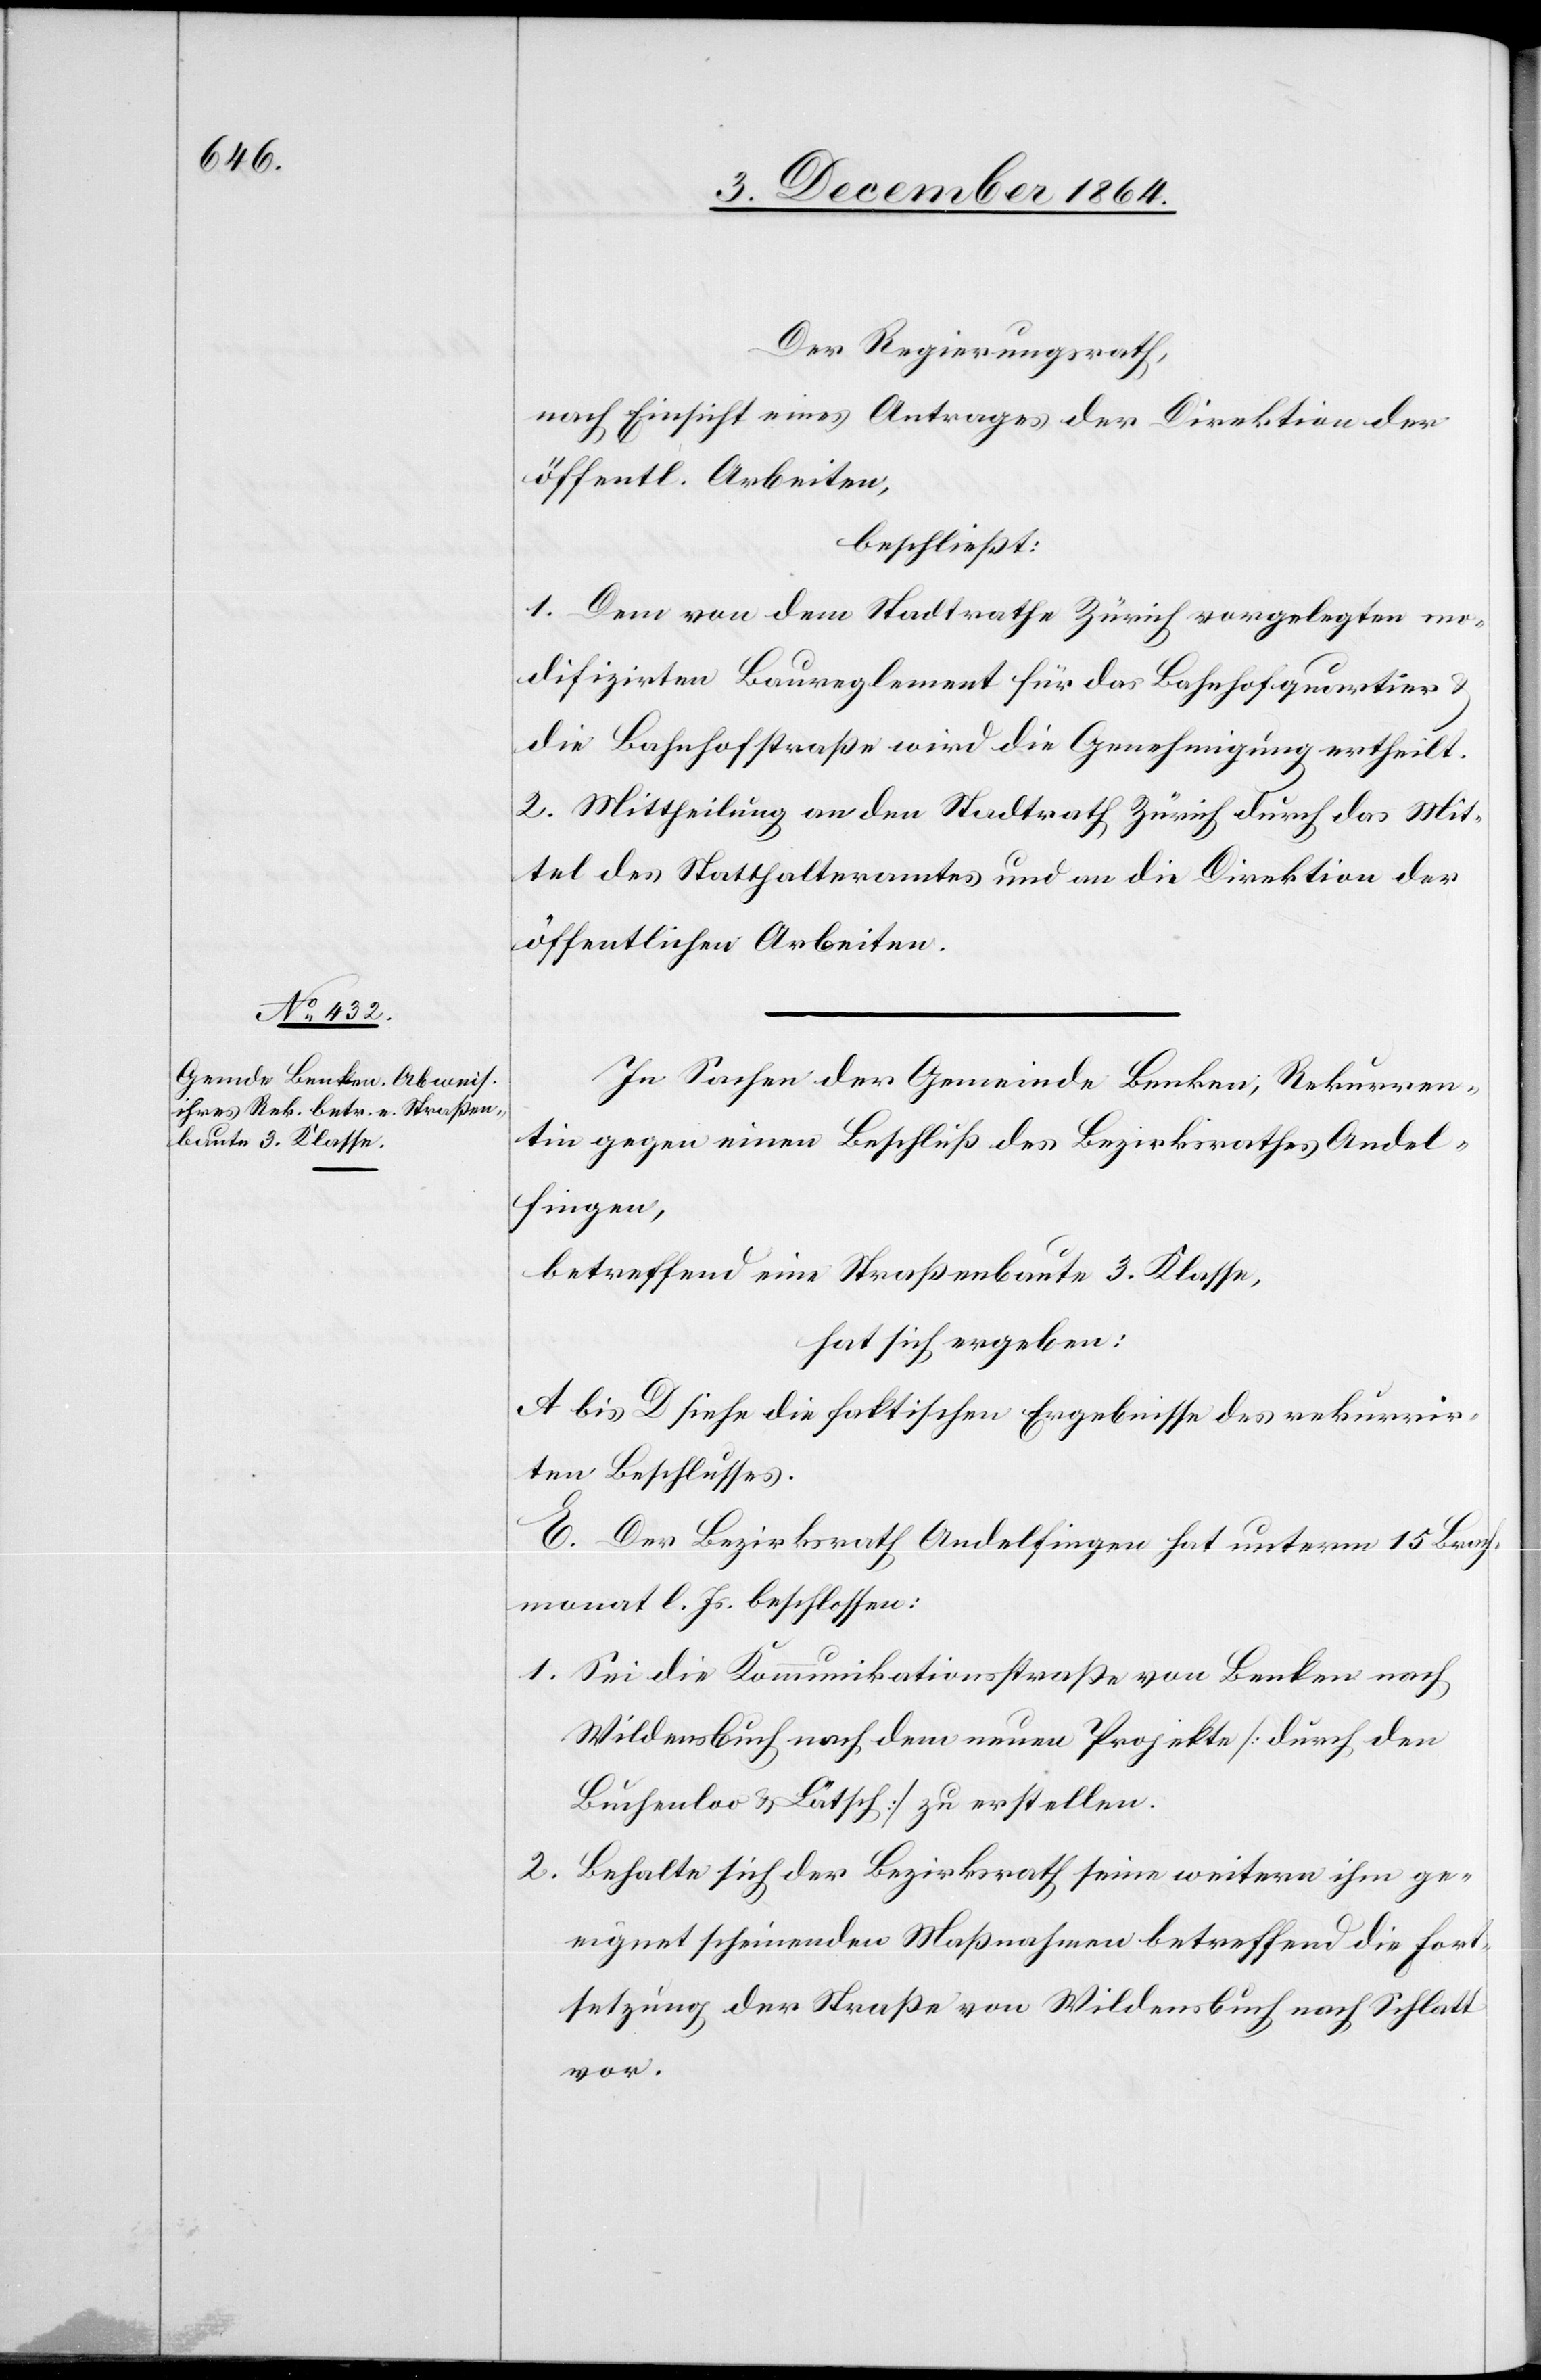
Der Regierungsrath,
nach Einsicht eines Antrages der Direktion der
öffentl. Arbeiten,
beschließt:
1. dem von dem Stadtrath Zürich vorgelegten mo¬
difizirten Baureglement für das Bahnhofquartier
die Bahnhofstraße wird die Genehmigung ertheilt.
2. Mittheilung an den Stadtrath Zürich durch das Mit¬
tel des Statthalteramtes und an die Direktion der
öffentlichen Arbeiten.
In Sachen der Gemeinde Benken, Rekurren¬
tin gegen einen Beschluß des Bezirksrathes Andel¬
fingen,
betreffend eine Straßenbaute 3. Klasse,
hat sich ergeben:
A. bis D. siehe die faktischen Ergebnisse des rekurrir¬
ten Beschlusses.
E. Der Bezirksrath Andelfingen hat unterm 15. Brach¬
monat l. Js. beschlossen:
1. Sei die Kommunikationsstraße von Benken nach
Wildensbuch nach dem neuen Projekte [durch den
Buchenloo & Lätsch] zu erstellen.
2. Behalte sich der Bezirksrath seine weitern ihm ge¬
eignet scheinenden Maßnahmen betreffend die Fort¬
setzung der Straße von Wildensbuch nach Schlatt
vor.